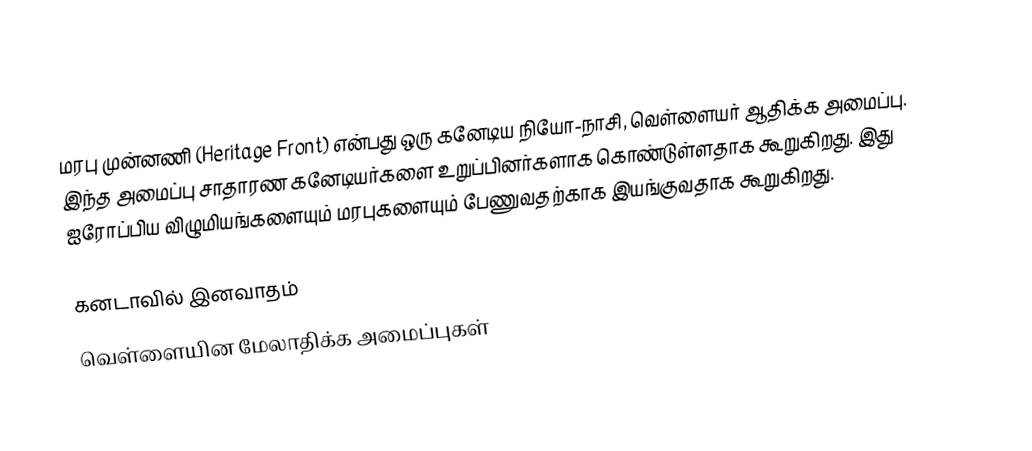
மரபு முன்னணி (Heritage Front) என்பது ஒரு கனேடிய நியோ-நாசி, வெள்ளையர் ஆதிக்க அமைப்பு.  இந்த அமைப்பு சாதாரண கனேடியர்களை உறுப்பினர்களாக கொண்டுள்ளதாக கூறுகிறது.  இது ஐரோப்பிய விழுமியங்களையும் மரபுகளையும் பேணுவதற்காக இயங்குவதாக கூறுகிறது.

கனடாவில் இனவாதம்
வெள்ளையின மேலாதிக்க அமைப்புகள்